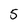
Character: 5